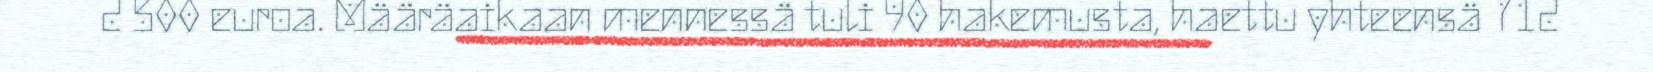
2 500 euroa. Määräaikaan mennessä tuli 90 hakemusta, haettu yhteensä 712